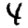
Digit: 4